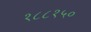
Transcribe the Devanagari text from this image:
१८८१५०